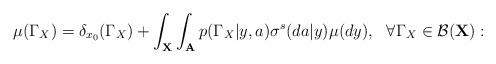
LaTeX: \begin{align*}\mu(\Gamma_X)=\delta_{x_0}(\Gamma_X)+\int_{\bf X}\int_{\bf A} p(\Gamma_X|y,a)\sigma^s(da|y)\mu(dy),~~\forall\Gamma_X\in{\cal B}({\bf X}):\end{align*}